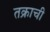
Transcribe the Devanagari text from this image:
तक्राची